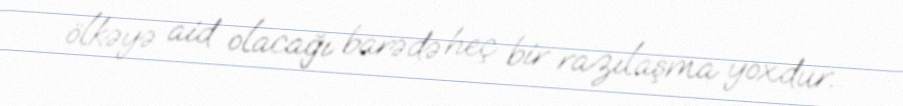
ölkəyə aid olacağı barədə heç bir razılaşma yoxdur.